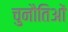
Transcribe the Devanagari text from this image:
चुनौतिओं